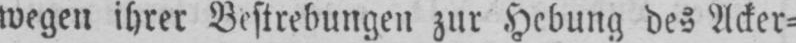
wegen ihrer Bestrebungen zur Hebung des Acker⸗